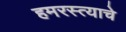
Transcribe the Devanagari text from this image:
हमरस्त्याचे